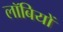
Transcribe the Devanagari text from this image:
लॉबियों